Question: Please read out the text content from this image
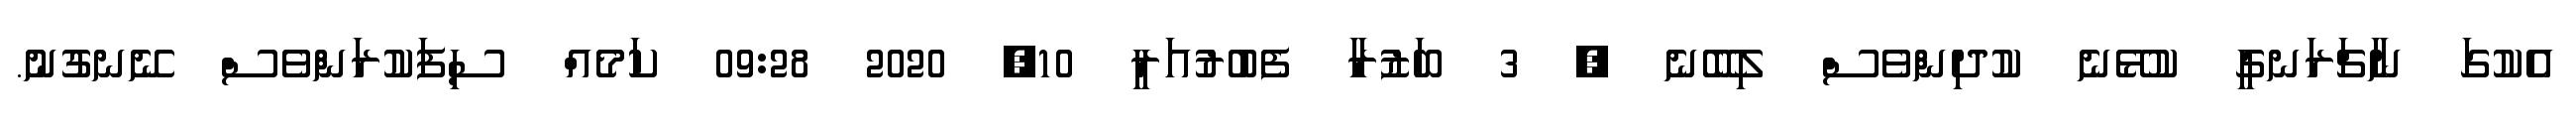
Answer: އެކުގަ ނާޗަރަނގީ ކުޅޭނެ ކުދިންވެސް ލިބޭނެ ? 3 ބަޒުރާ ފެބުރުއަރީ 10, 2020 09:28 ކަމެއް ސިފަކުރަންވެސް ނޭނގުނު.